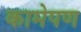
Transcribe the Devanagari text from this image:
कामेपण